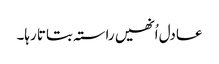
عادل اُنھیں راستہ بتاتا رہا۔